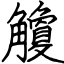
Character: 觼